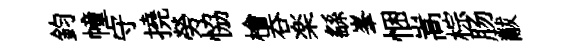
鈞幢守撓勞恊檜吞楽繇峯悃嵩棕肠黻